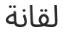
لقانة